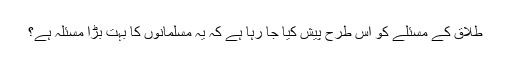
طلاق کے مسئلے کو اس طرح پیش کیا جا رہا ہے کہ یہ مسلمانوں کا بہت بڑا مسئلہ ہے؟